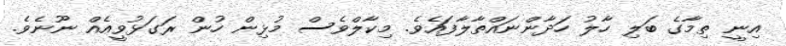
އިނީ ތިމާގެ ބަލި ހާލު ހަދާންނައްތާލާފައެވެ. މިކާލްވެސް މުޅިން ހުން ރަގަޅުވީއެއް ނޫނެވެ.